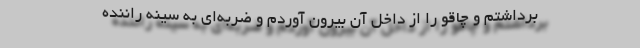
برداشتم و چاقو را از داخل آن بیرون آوردم و ضربه‌ای به سینه راننده